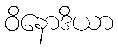
ဝိနောဒိယာ